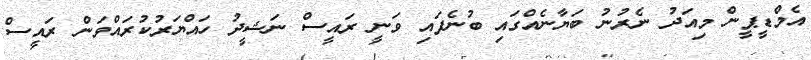
އެމްޑީޕީން މިއަދު ނެރުނު ބަޔާނެއްގައި ބުނެފައި ވަނީ ރައީސް ނަޝީދު ހައްޔަރުކުރައްވަން ރައީސް